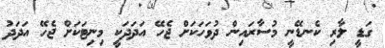
ގަޑީ ލާރި ކެނޑޭނީ މުސާރައިން ދުވަހަކަށް ޖެހޭ އަދަދަކީ މިނިޓަކަށް ޖެހޭ އަދަދު